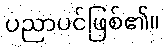
ပညာပင်ဖြစ်၏။